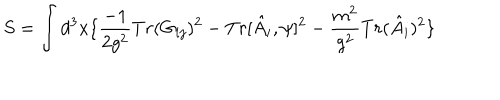
S = \int d ^ { 3 } x \{ \frac { - 1 } { 2 g ^ { 2 } } T r ( G _ { i j } ) ^ { 2 } - T r [ \hat { A } _ { i } , \psi ] ^ { 2 } - \frac { m ^ { 2 } } { g ^ { 2 } } T r ( \hat { A } _ { i } ) ^ { 2 } \}